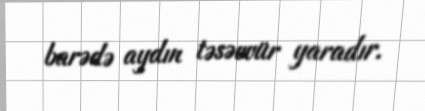
barədə aydın təsəvvür yaradır.